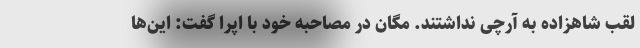
لقب شاهزاده به آرچی نداشتند. مگان در مصاحبه خود با اپرا گفت: این‌ها